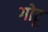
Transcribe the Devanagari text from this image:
गोटू